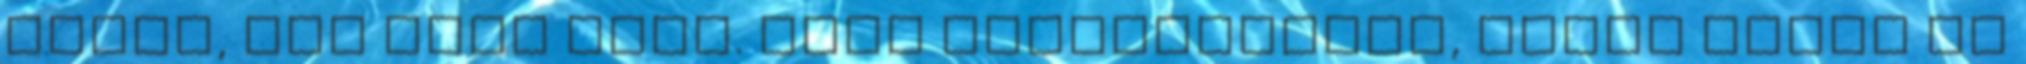
műnek, túl szép volt. Hogy feldolgozzam, kevés lenne rá